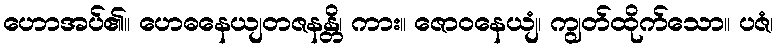
ဟောအပ်၏။ ဟေဓနေယျတဇနန္တိ၊ ကား။ ဇောဝနေယျံ၊ ကျွတ်ထိုက်သော။ ပဇံ၊